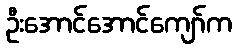
ဦးအောင်အောင်ကျော်က